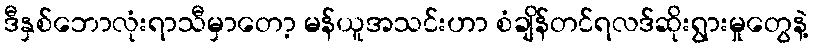
ဒီနှစ်ဘောလုံးရာသီမှာတော့ မန်ယူအသင်းဟာ စံချိန်တင်ရလဒ်ဆိုးရွားမှုတွေနဲ့